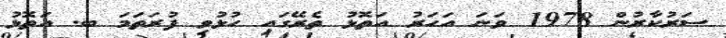
ސަރުކާރުން 1978 ވަނަ އަހަރު އަތޮޅު ތެރޭގައި ހުޅުވި ފުރަތަމަ ބ. އަތޮޅު